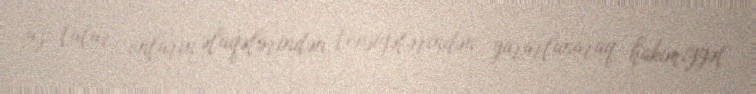
üz tutur, onların əlaqələrindən, tövsiyələrindən yararlanaraq hakimiyyət